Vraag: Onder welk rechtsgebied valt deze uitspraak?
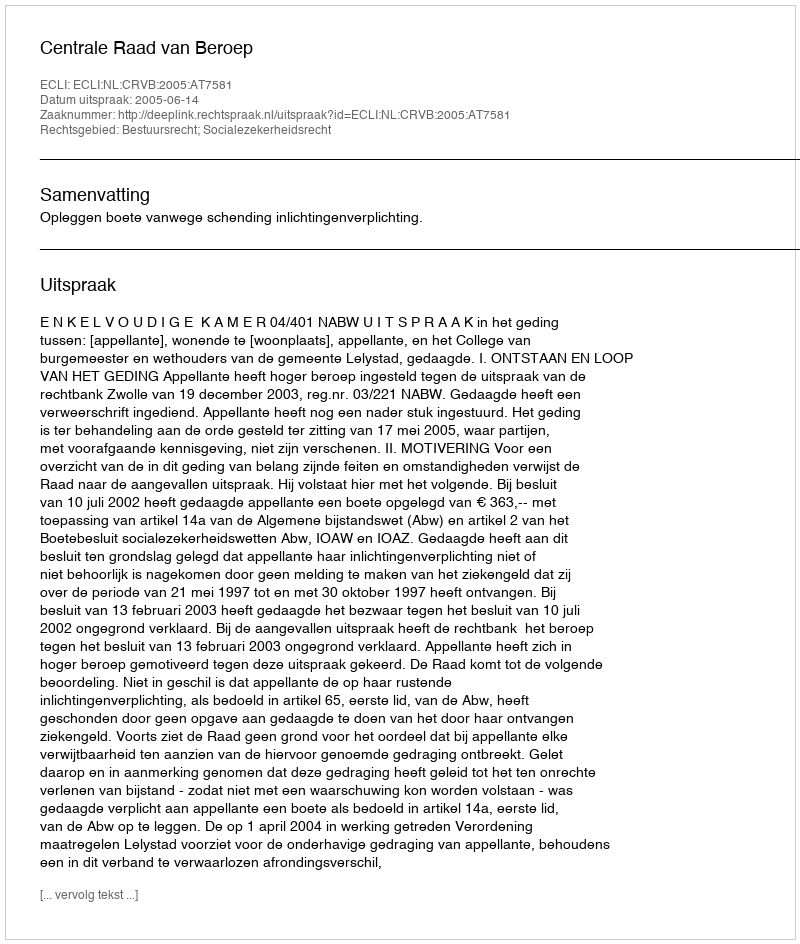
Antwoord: Bestuursrecht; Socialezekerheidsrecht